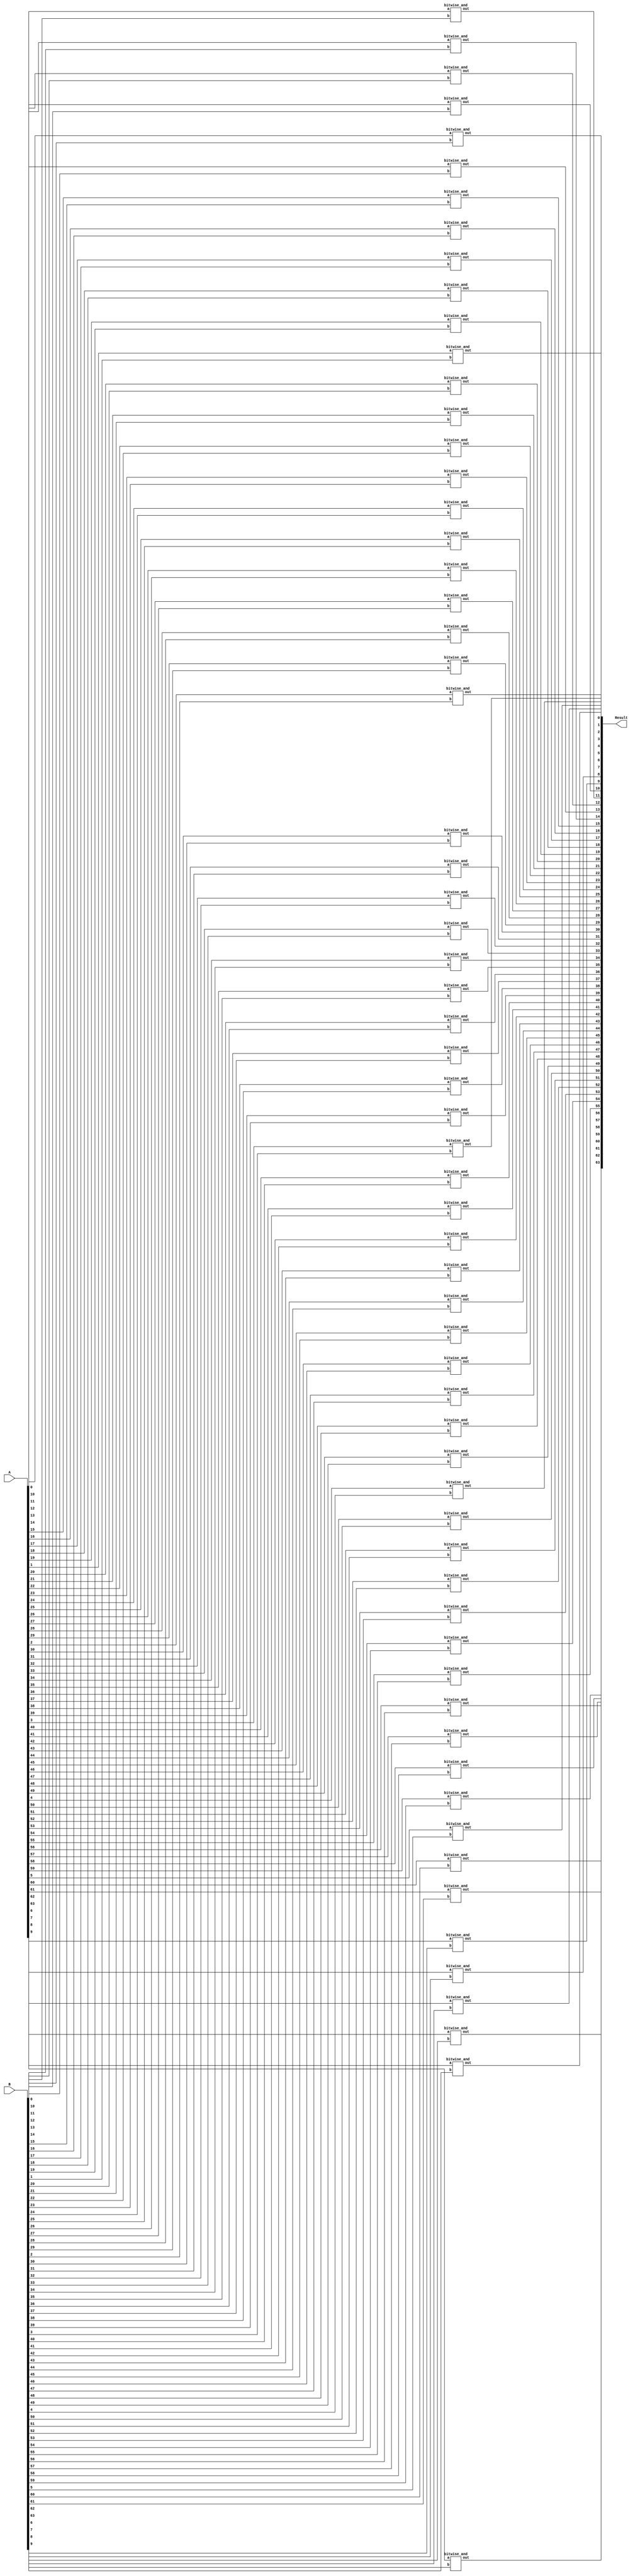
module sixty_four_bit_and (
    input [63:0] A,
    input [63:0] B,
    output [63:0] Result);

    wire [63:0] w;

    genvar i;
    generate
        for(i=0;i<64;i=i+1) begin
            bitwise_and andi (.a(A[i]), .b(B[i]), .out(w[i]));
        end
    endgenerate

    assign Result = w;

endmodule


//defining the bitwise_and module
module bitwise_and (
    input a,
    input b,
    output out);

    and(out,a,b);

endmodule